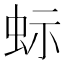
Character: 𮶼